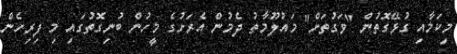
މިކަމާއި ގުޅޭގޮތުން "ވަގުތަށް" މައުލޫމާތު ދެމުން އެރަށުގެ މީހުން ބުނިގޮތުގައި މި ފިރިހެން